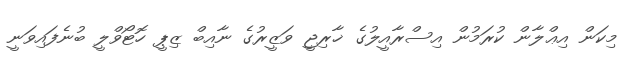
މިކަން އިޢްލާން ކުރަމުން އިސްރާއީލުގެ ޚާރިޖީ ވަޒީރުގެ ނާއިބް ޒިޕީ ހޮޓޯވްލީ ބުނެފައިވަނީ